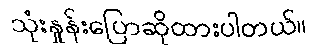
သုံးနှုန်းပြောဆိုထားပါတယ်။